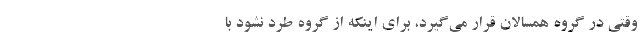
وقتی در گروه همسالان قرار می‌گیرد، برای اینکه از گروه طرد نشود با